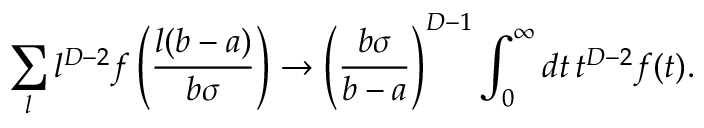
\sum _ { l } l ^ { D - 2 } f \left( \frac { l ( b - a ) } { b \sigma } \right) \to \left( \frac { b \sigma } { b - a } \right) ^ { D - 1 } \int _ { 0 } ^ { \infty } d t \, t ^ { D - 2 } f ( t ) .